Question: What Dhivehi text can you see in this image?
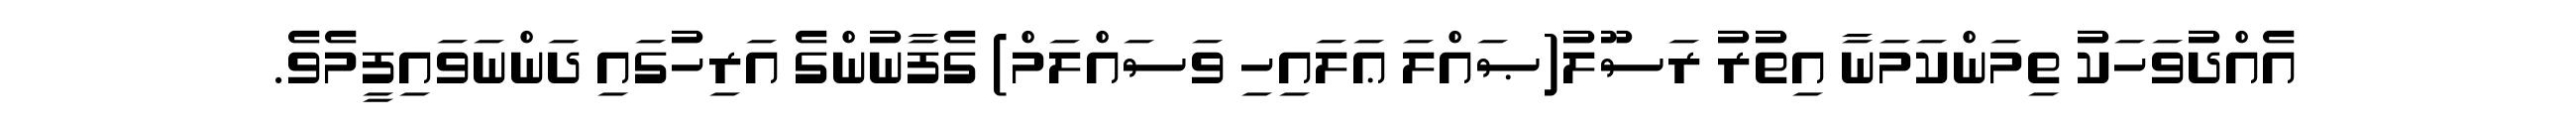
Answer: އެއްދުވަހަކު ތިމަންކަމަނާ އިތުރު ރަސޫލު(ޞައްލަ ޢަލައިހި ވަސައްލަމް) ގެފާނުންގެ އަރިހުގައި ދަންނަވައިފީމެވެ.